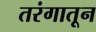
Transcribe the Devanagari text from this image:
तरंगातून